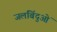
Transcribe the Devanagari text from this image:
जलबिंदुओं